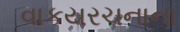
વાકયરચનાના